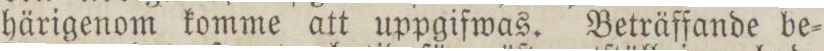
härigenom komme att uppgifwas. Beträffande be=